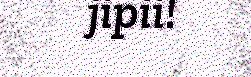
jipii!